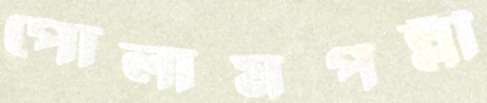
পোলামপল্লী